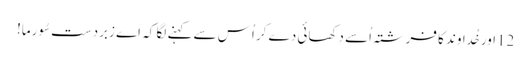
12اور خُداوند کا فرِشتہ اُسے دِکھائی دے کر اُس سے کہنے لگا کہ اَے زبردست سُورما!